Annual report on the health of the army in India
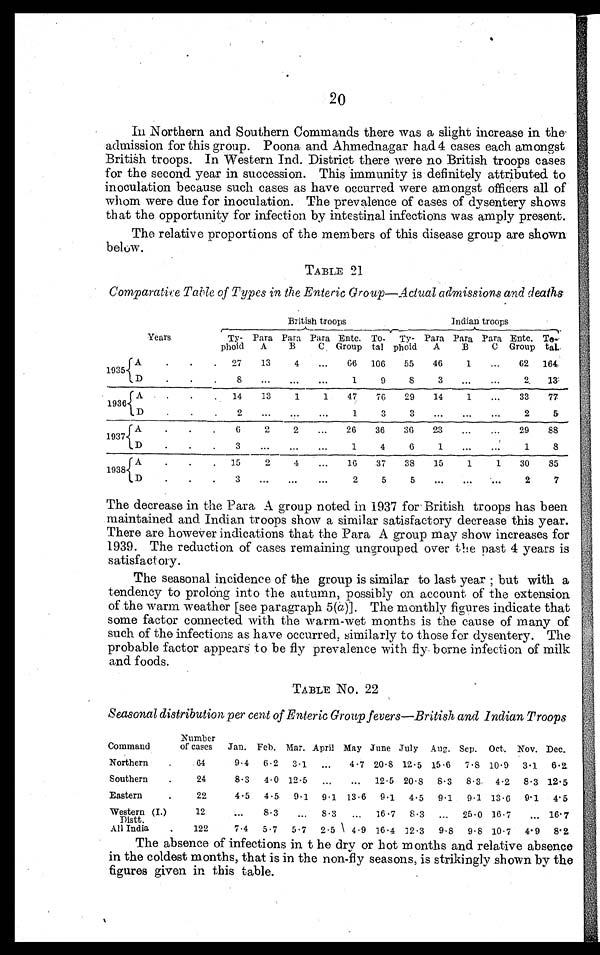
20
In Northern and Southern Commands there was a slight increase in the
admission for this group. Poona and Ahmednagar had 4 cases each amongst
British troops. In Western Ind. District there were no British troops cases
for the second year in succession. This immunity is definitely attributed to
inoculation because such cases as have occurred were amongst officers all of
whom were due for inoculation. The prevalence of cases of dysentery shows
that the opportunity for infection by intestinal infections was amply present.
The relative proportions of the members of this disease group are shown
below.
TABLE 21
Comparative Table of Types in the Enteric Group—Actual admissions and deaths
1935
Years
Ty-
phoid
British troops
Indian troops
Para
A
Para
B
Para
C
-
Entc.
Group
To-
tal
Ty-
phoid
Para
A
Para
B
Para
C
Entc.
Group
To-
tal.
A . . .
27
13
4
. . . 66 106
55
46
1
. . .
62 164
D . . .
8
. . . .
. . . .
. . . .
1
9
8
3
. . .
. . .
2
13,
1936
A . . .
14
13
1
1
47
76
29
14
1
. . .
33
77
D . . .
2
. . .
. . .
. . . 1
3
3
. . .
. . .
. . .
2
5
1 9 3 7 A . . .
6
2
2
. . . 26
36
36 23
. . .
. . .
29
88
D . . .
3
. . .
. . .
. . .
1
4
6
1
. . .
. . .
1
8
1 9 3 8 A . . .
15
2
4
. . . 1 6
37
38
15
1
1
30
85
D . . .
3
. . .
. . .
. . .
2
5
5
. . .
. . .
. . . 2
7
The decrease in the Para A group noted in 1937 for British troops has been
maintained and Indian troops show a similar satisfactory decrease this year.
There are however indications that the Para A group may show increases for
1939. The reduction of cases remaining ungrouped over the past 4 years is
satisfactory.
The seasonal incidence of the group is similar to last year ; but with a
tendency to prolong into the autumn, possibly on account of the extension
of the warm weather [see paragraph 5( a )]. The monthly figures indicate that
some factor connected with the warm-wet months is the cause of many of
such of the infections as have occurred, similarly to those for dysentery. The
probable factor appears to be fly prevalence with fly . borne infection of milk
and foods.
TABLE No. 22
Seasonal distribution per cent of Enteric Group fevers—British and Indian Troops
Command
Number
of cases Jan. Feb. Mar. April May June July Aug. Sep. Oct. Nov. Dec.
Northern .
64
9.4 6.2 3.1
. . .
4.7 20.8 12.5 15 . 6 7.8 10.9 3 . 1 6.2
Southern .
24
8.3 4.0 12.5
. . .
. . . 12.5 20.8 8.3 8.3 4.2 8.3 12.5
Eastern .
22
4.5 4.5 9.1 9.1 13.6 9.1 4.5 9.1 9.1 13.6 9.1 4 . 5
Western (I..)
Distt.
All India .
12
. . .
8.3
. . . 8.3
. . . 16.7 8..3
. . . 25.0 16.7
. . . 16.7
122
7.4 5.7 5.7 2.5 4.9 16.4 12.3 9.8 9.8 10.7 4.9 8.2
The absence of infections in the dry or hot months and relative absence
in the coldest months, that is in the non-fly seasons, is strikingly shown by the
figures given in this table.